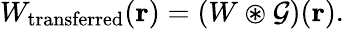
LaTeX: W_{\mathrm{transferred}}(\textbf{r})=\left(W\circledast\mathcal{G}\right)(\textbf{r}).